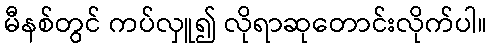
မီနစ်တွင် ကပ်လှူ၍ လိုရာဆုတောင်းလိုက်ပါ။